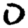
Digit: 0